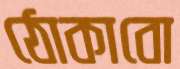
ঠোকাবো